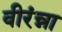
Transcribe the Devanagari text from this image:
वीरंन्ना